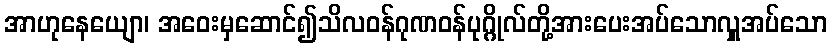
အာဟုနေယျော၊ အဝေးမှဆောင်၍သိလဝန်ဂုဏဝန်ပုဂ္ဂိုလ်တို့အားပေးအပ်သောလှူအပ်သော